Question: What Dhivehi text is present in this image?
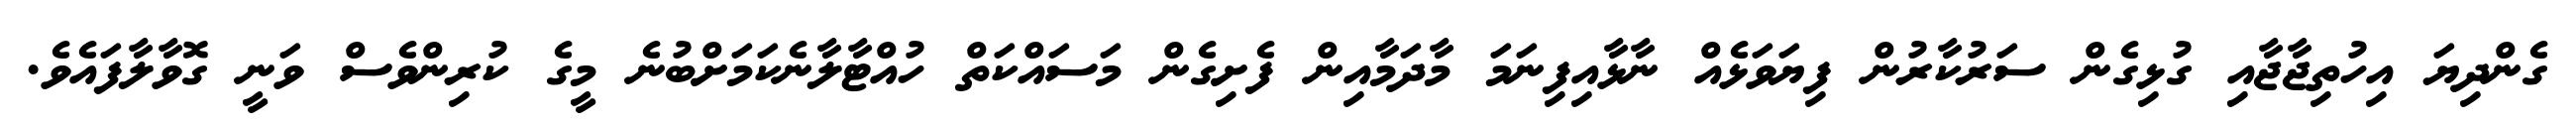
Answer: ގެންދިޔަ އިހުތިޖާޖާއި ގުޅިގެން ސަރުކާރުން ފިޔަވަޅެއް ނާޅާއިފިނަމަ މާދަމާއިން ފެށިގެން މަސައްކަތް ހުއްޓާލާނެކަމަށްބުނެ މީގެ ކުރިންވެސް ވަނީ ގޮވާލާފައެވެ.